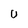
Character: U